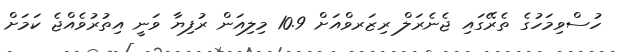
ހުސްވިމަހުގެ ތެރޭގައި ޖެނެރަލް ރިޒަރވްއަށް 10.9 މިލިއަން ރުފިޔާ ވަނީ އިތުރުވެއްޖެ ކަމަށް